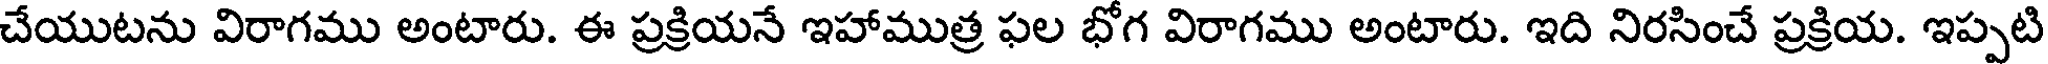
చేయుటను విరాగము అంటారు. ఈ ప్రక్రియనే ఇహాముత్ర ఫల భోగ విరాగము అంటారు. ఇది నిరసించే ప్రక్రియ. ఇప్పటి